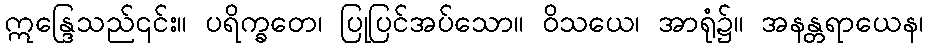
ဣန္ဒြေသည်၎င်း။ ပရိက္ခတေ၊ ပြုပြင်အပ်သော။ ဝိသယေ၊ အာရုံ၌။ အနန္တရာယေန၊